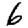
Digit: 6